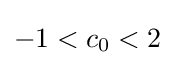
-1<c_{0}<2\,\!